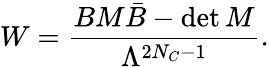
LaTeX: W=\frac{BM\bar{B}-\operatorname*{det}M}{\Lambda^{2N_{C}-1}}.